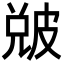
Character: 𤿫